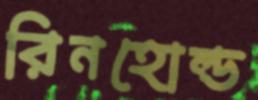
রিনহোল্ড